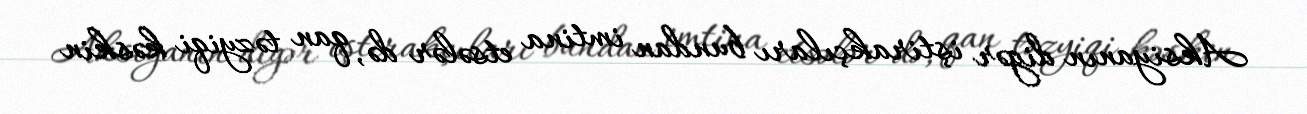
Aksiyanın digər iştirakçıları bundan imtina etsələr də, qan təzyiqi kəskin